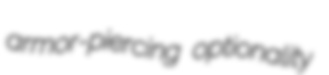
armor-piercing optionality